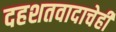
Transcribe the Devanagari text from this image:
दहशतवादाचेही